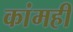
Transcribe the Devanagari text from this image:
कांमही